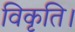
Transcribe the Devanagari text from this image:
विकृति।